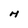
Character: H